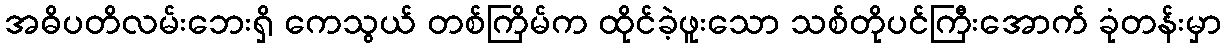
အဓိပတိလမ်းဘေးရှိ ကေသွယ် တစ်ကြိမ်က ထိုင်ခဲ့ဖူးသော သစ်တိုပင်ကြီးအောက် ခုံတန်းမှာ